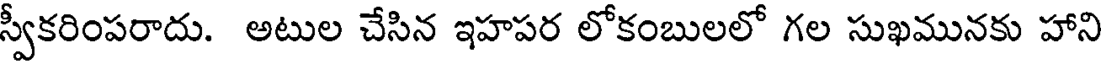
స్వీకరింపరాదు. అటుల చేసిన ఇహపర లోకంబులలో గల సుఖమునకు హాని